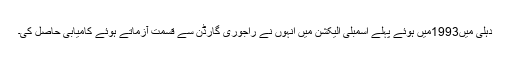
دہلی میں1993میں ہوئے پہلے اسمبلی الیکشن میں انہوں نے راجوری گارڈن سے قسمت آزماتے ہوئے کامیابی حاصل کی۔